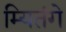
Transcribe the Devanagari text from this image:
म्यितंगे